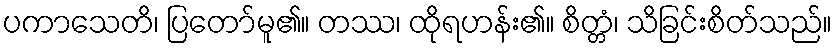
ပကာသေတိ၊ ပြတော်မူ၏။ တဿ၊ ထိုရဟန်း၏။ စိတ္တံ၊ သိခြင်းစိတ်သည်။